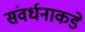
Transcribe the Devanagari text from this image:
संवर्धनाकडे